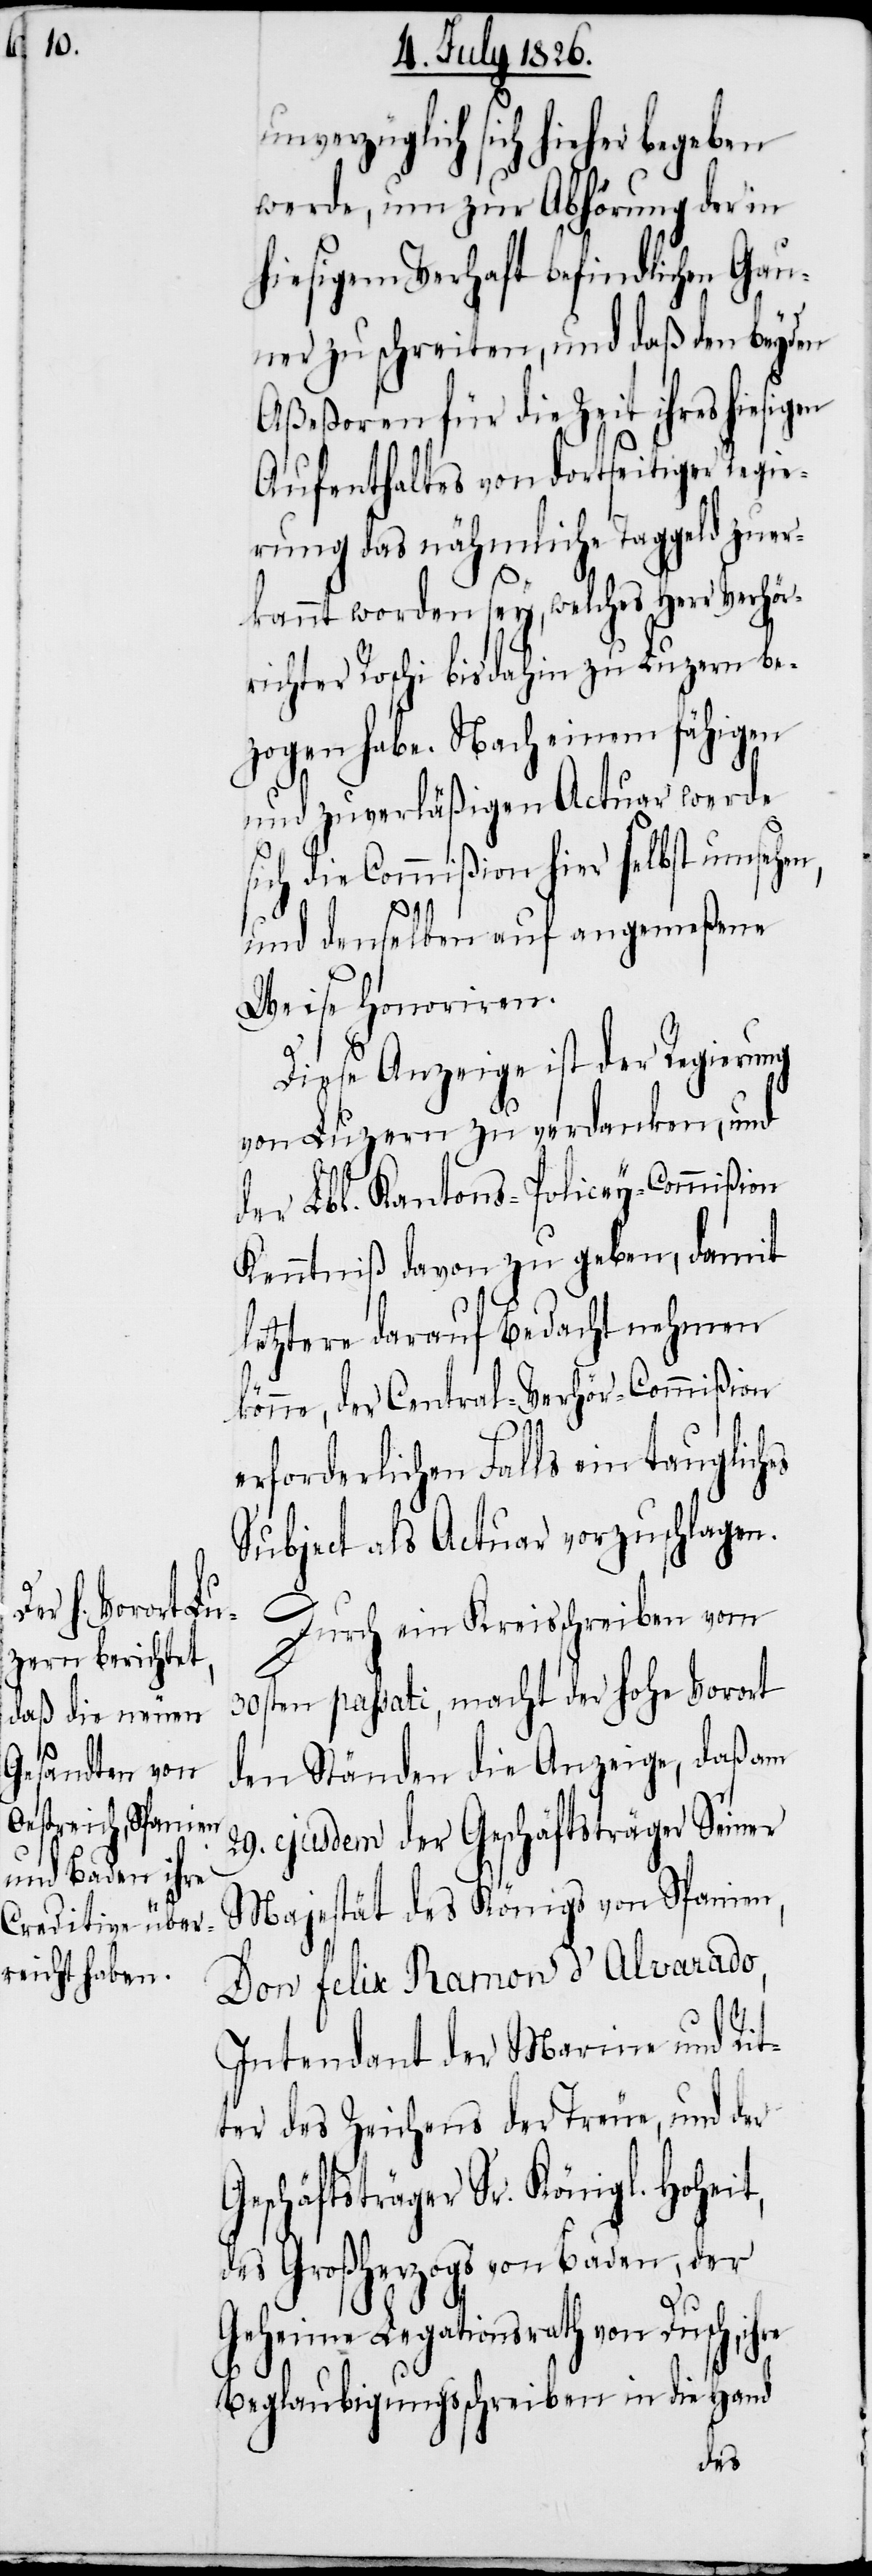
unverzüglich sich hieher begeben
werde, um zur Abhörung der in
hiesigem Verhaft befindlichen Gau¬
ner zu schreiten, und daß den beyden
Aßeßoren für die Zeit ihres hiesigen
Aufenthaltes von dortseitiger Regie¬
rung das nähmliche Taggeld zuer¬
kannt worden sey, welches Herr Verhör¬
richter Roschi bis dahin zu Luzern be¬
zogen habe. Nach einem fähigen
und zuverläßigen Actuar werde
sich die Commißion hier selbst umsehen,
und denselben auf angemeßene
Weise honoriren.
hre
Diese Anzeige ist der Regierung
von Luzern zu verdanken, und
der Lbl. Kantons-Policey-Commißion
Kenntniß davon zu geben, damit
letztere darauf bedacht nehmen
könne, der Central-Verhör-Commißion
erforderlichen Falls ein tauglich¬
Subject als Actuar vorzuschlagen.
Durch ein Kreisschreiben vom
30ten passati, macht der hohe Vorort
den Ständen die Anzeige, daß am
19. ejusdem der Geschäftsträger Seiner
Majestät des Königs von Spanien,
Don Felix Ramon d’Alvarado,
Intendant der Marine und Rit¬
ter des Zeichens der Reue, und der
Geschäftsträger Sr. Königl. Hohei¬
des Großherzogs von Baden, der
Geheime Legationsrath von Dusch, i¬
Beglaubigungsschreiben in die Hand